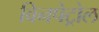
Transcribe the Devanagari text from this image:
विनपेट्रोल